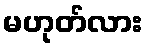
မဟုတ်လား